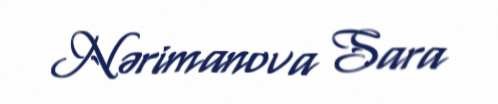
Nərimanova Sara